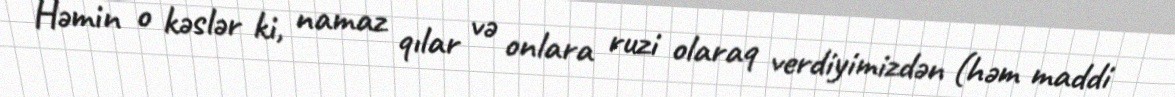
Həmin o kəslər ki, namaz qılar və onlara ruzi olaraq verdiyimizdən (həm maddi